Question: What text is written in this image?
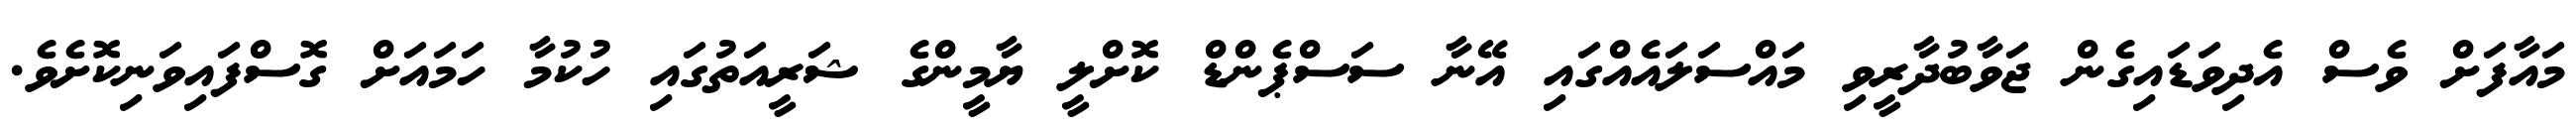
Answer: މައާފަށް ވެސް އެދިވަޑައިގެން ޖަވާބުދާރީވި މައްސަލައެއްގައި އޭނާ ސަސްޕެންޑް ކޮށްލީ ޔާމީންގެ ޝަރީއަތުގައި ހުކުމާ ހަމައަށް ގޮސްފައިވަނިކޮށެވެ.